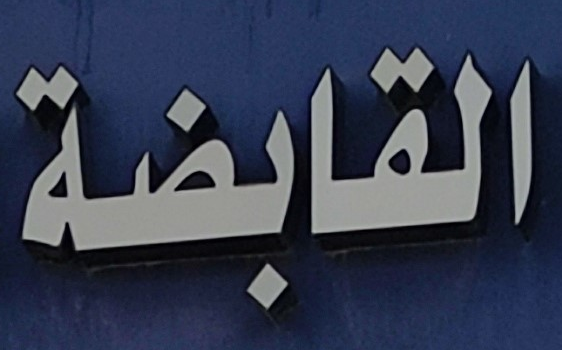
القابضة